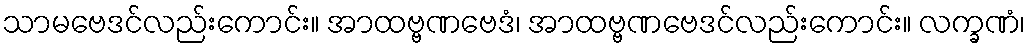
သာမဗေဒင်လည်းကောင်း။ အာထဗ္ဗဏဗေဒံ၊ အာထဗ္ဗဏဗေဒင်လည်းကောင်း။ လက္ခဏံ၊